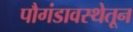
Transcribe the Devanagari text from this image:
पौगंडावस्थेतून